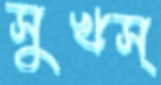
সুখস্